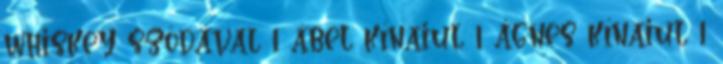
whiskey szódával 1 ábel kínaiul 1 ágnes kínaiul 1